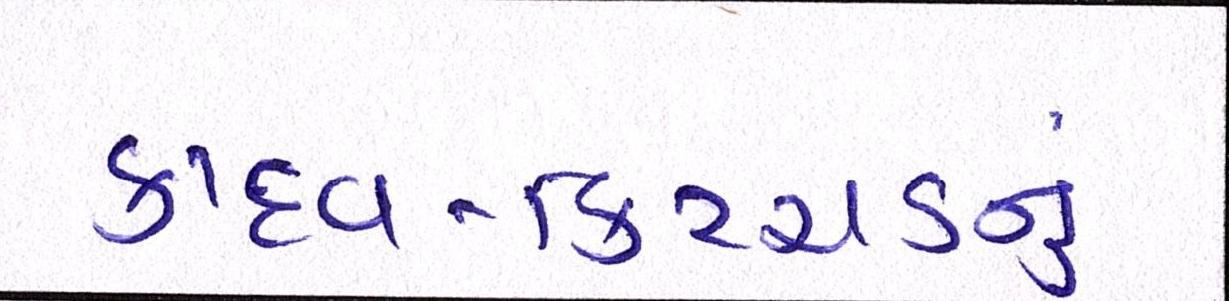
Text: કાદવ-કિચ્ચડનું